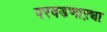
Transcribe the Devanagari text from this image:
परवडणाऱ्या